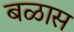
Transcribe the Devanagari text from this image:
बळास